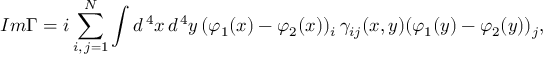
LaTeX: I m \Gamma = i \sum _ { i , \, j = 1 } ^ { N } \int d ^ { \, 4 } x \, d ^ { \, 4 } y \, ( \varphi _ { 1 } ( x ) - \varphi _ { 2 } ( x ) ) _ { i } \, \gamma _ { i j } ( x , y ) ( \varphi _ { 1 } ( y ) - \varphi _ { 2 } ( y ) ) _ { j } ,